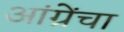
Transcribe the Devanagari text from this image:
आंग्रेंचा